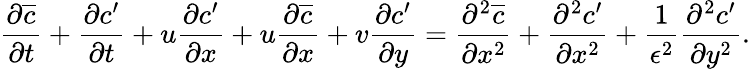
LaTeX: \frac{\partial\overline{{c}}}{\partial t}+\frac{\partial c^{\prime}}{\partial t}+u\frac{\partial c^{\prime}}{\partial x}+u\frac{\partial\overline{{c}}}{\partial x}+v\frac{\partial c^{\prime}}{\partial y}=\frac{\partial^{2}\overline{{c}}}{\partial x^{2}}+\frac{\partial^{2}c^{\prime}}{\partial x^{2}}+\frac{1}{\epsilon^{2}}\frac{\partial^{2}c^{\prime}}{\partial y^{2}}.